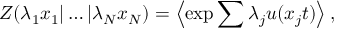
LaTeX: Z ( \lambda _ { 1 } x _ { 1 } | \ldots | \lambda _ { N } x _ { N } ) = \left\langle \exp { \sum { \lambda _ { j } u ( x _ { j } t ) } } \right\rangle ,